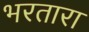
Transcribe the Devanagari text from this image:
भरतारा